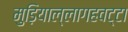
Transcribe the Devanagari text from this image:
मुड़ियाल्लागहवट्टा